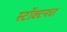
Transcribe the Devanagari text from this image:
स्टॉक्टनचा